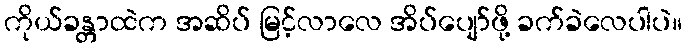
ကိုယ်ခန္တာထဲက အဆိပ် မြင့်လာလေ အိပ်ပျော်ဖို့ ခက်ခဲလေပါပဲ။